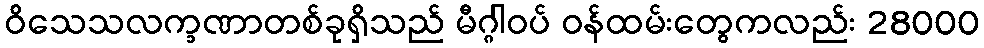
ဝိသေသလက္ခဏာတစ်ခုရှိသည် မီဂ္ဂါဝပ် ဝန်ထမ်းတွေကလည်း 28000